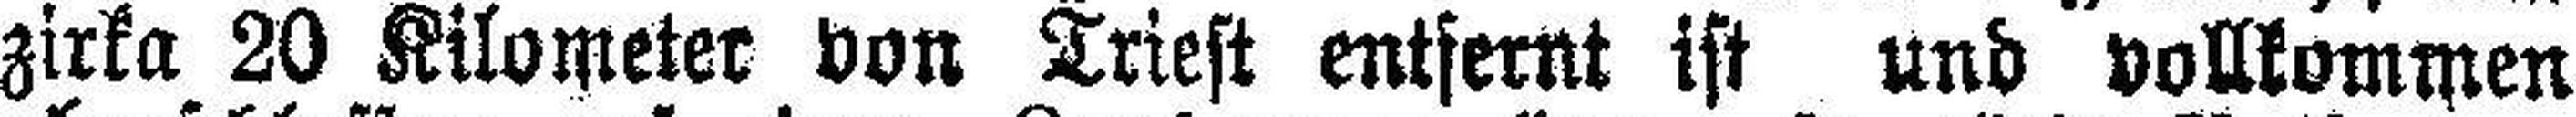
zirka 20 Kilometer von Triest entfernt ist und vollkommen